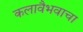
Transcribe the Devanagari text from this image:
कलावैभवाचा